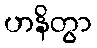
ဟနိတွာ